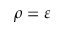
\rho = \varepsilon